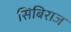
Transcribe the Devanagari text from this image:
सिबिराज